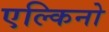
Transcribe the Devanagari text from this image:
एल्किनो